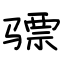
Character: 骠